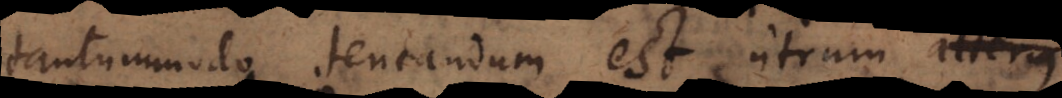
tantummodo tentandum est utrum Numerus